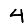
Digit: 4